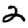
Digit: 2